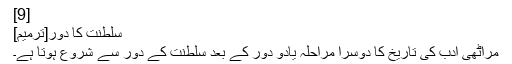
[9]
سلطنت کا دور[ترمیم]
مراٹھی ادب کی تاریخ کا دوسرا مراحلہ یادو دور کے بعد سلطنت کے دور سے شروع ہوتا ہے۔